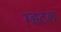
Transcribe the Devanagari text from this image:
म्हटल